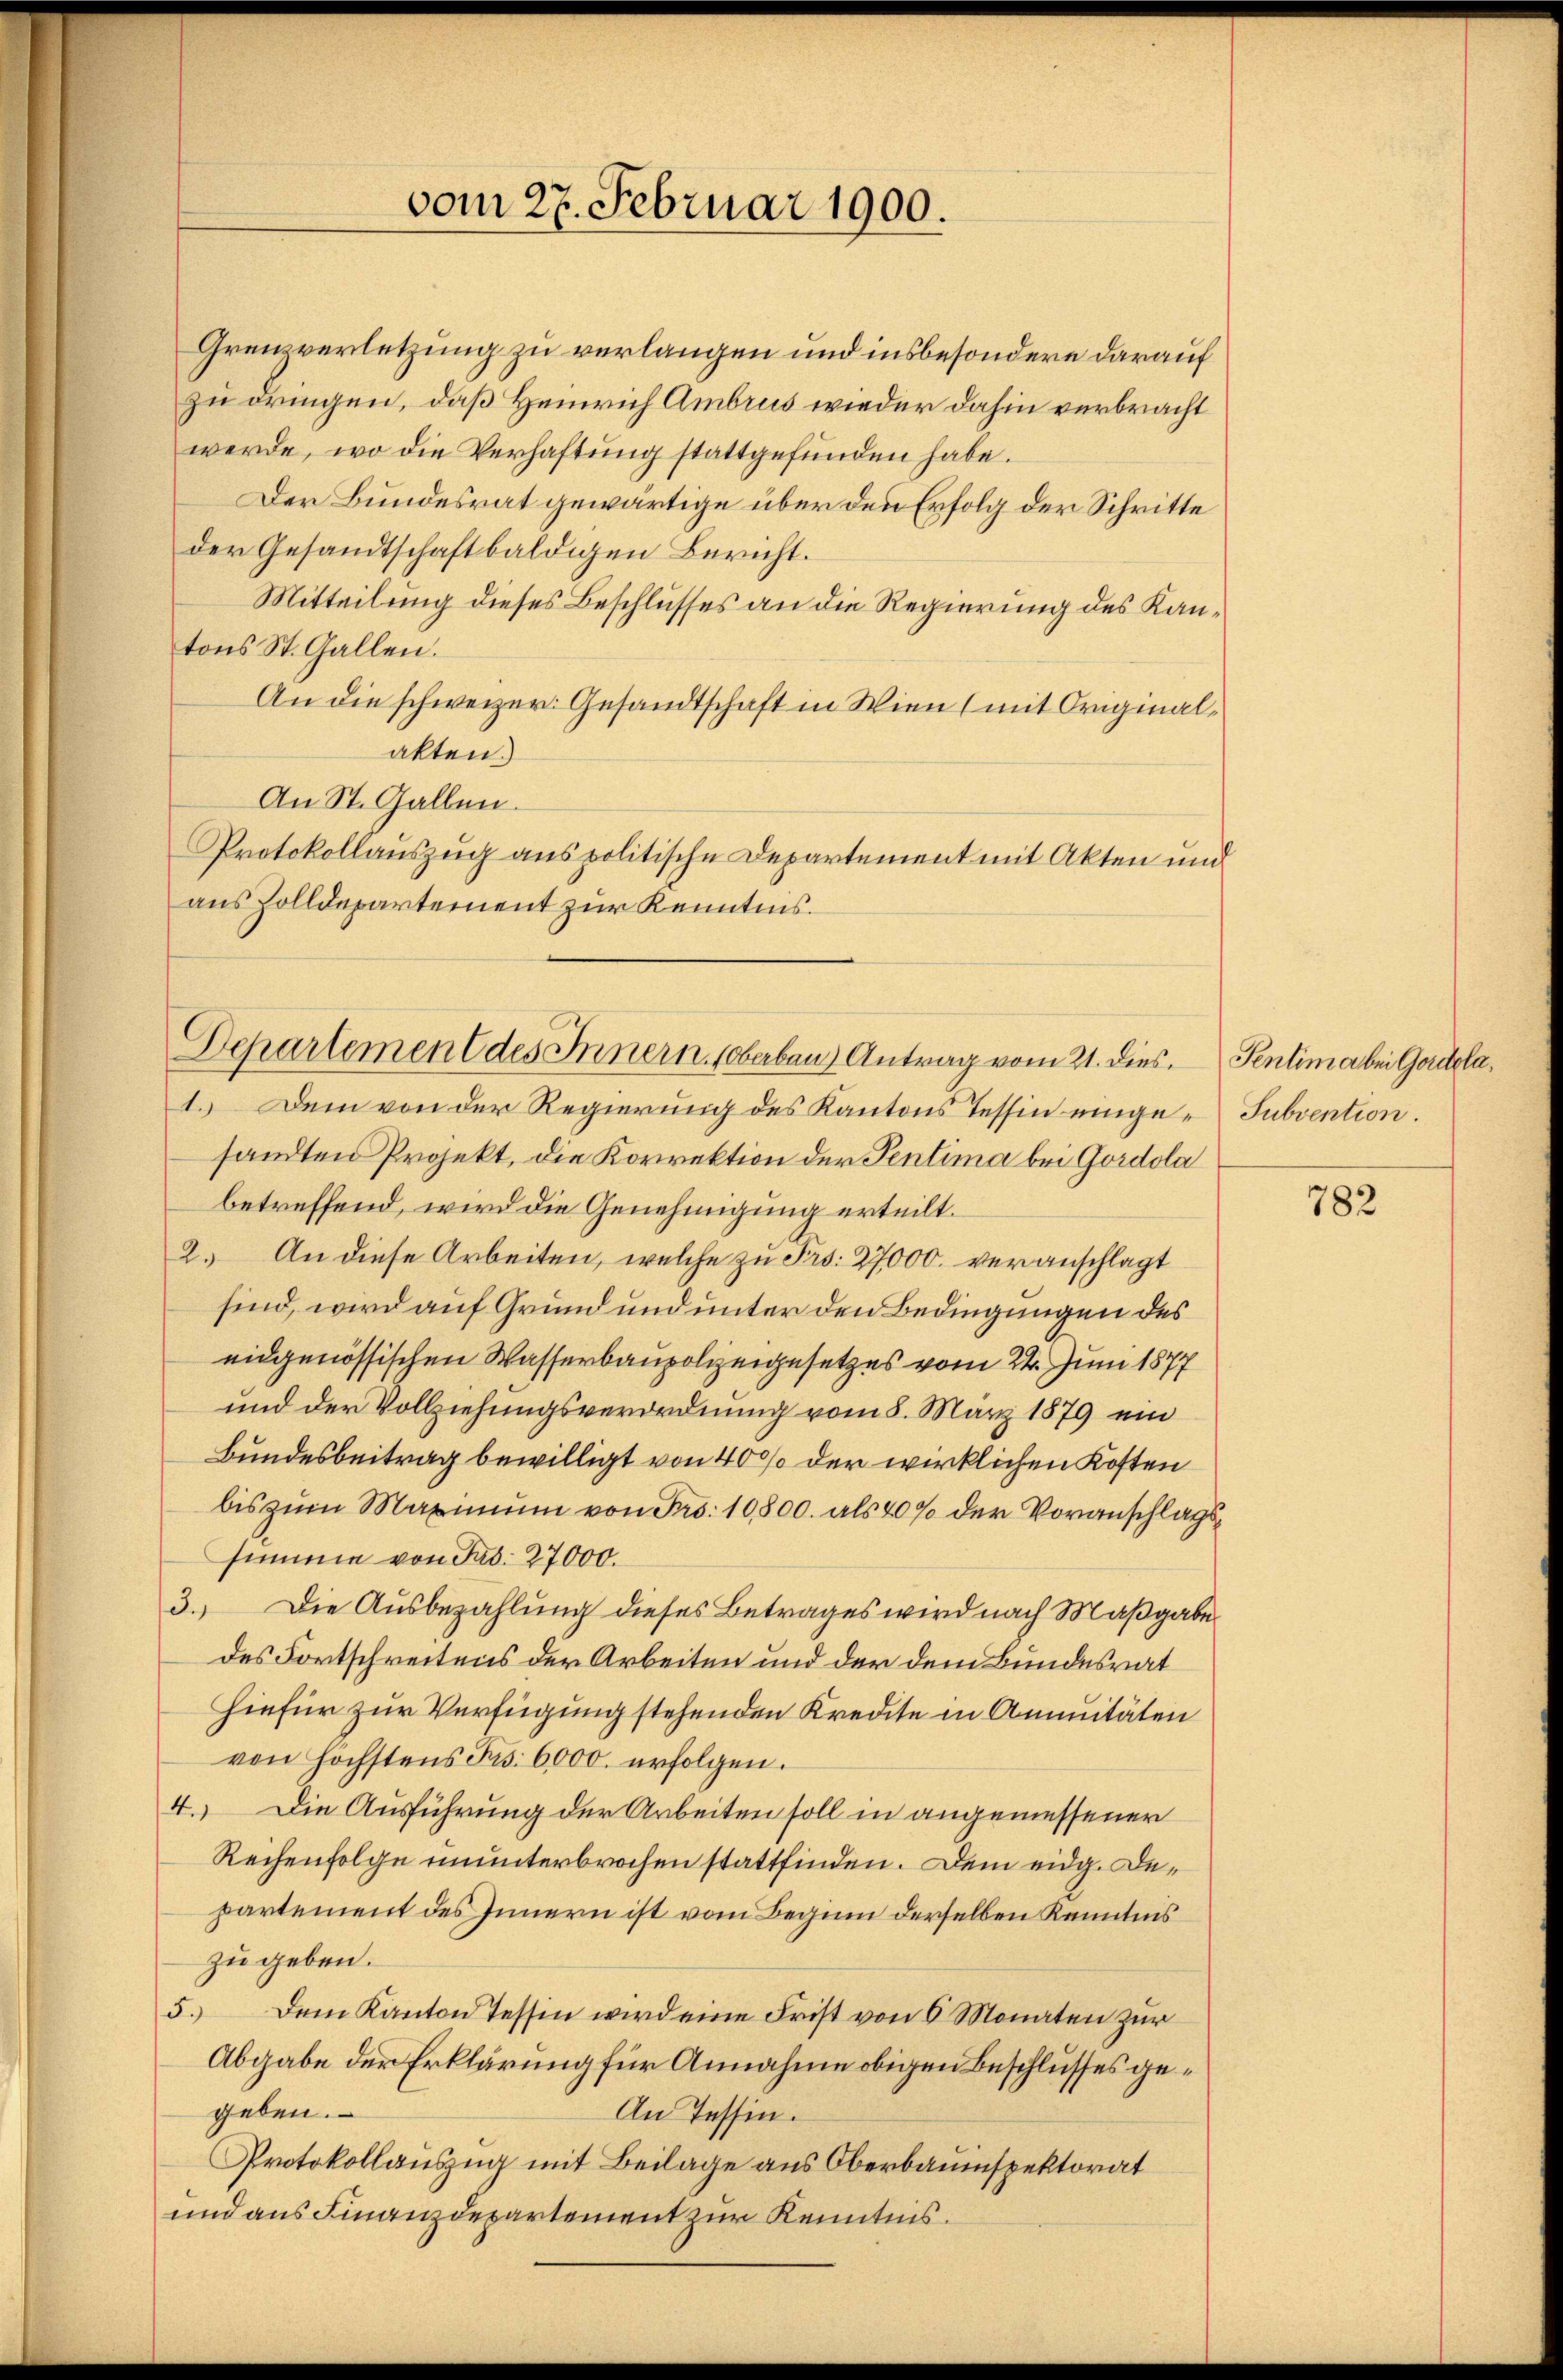
vom 27. Februar 1900.

Grenzverletzung zu verlangen und insbesondere darauf
zu dringen, daß Heinrich Ambrus wieder dahin verbracht
werde, wo die Verhaftung stattgefunden habe.
Der Bundesrat gewärtige über den Erfolg der Schritte
der Gesandtschaftbaldigen Bericht.
Mitteilung dieses Beschlusses an die Regierung des Kantons St. Gallen.
An die schweizer. Gesandtschaft in Wien (mit Originalakten.
An St. Gallen.
Protokollauszug aus politische Departement mit Akten und
aus Zolldepartement zur Kenntnis.

Departement des Innern (Oberbau) Antrag vom 21. dies. Sentima bei Gondola,

1. Dem von der Regierung des Kantons Tessin eingesandten Projekt, die Korrektion der Pentima bei Gordola
betreffend, wird die Genehmigung erteilt.
2. An diese Arbeiten, welche zu Frs. 27000. veranschlagt
sind, wird auf Grund und unter den Bedingungen des
eidgenössischen Wasserbaupolizeigesetzes vom 24. Juni 1877
und der Vollziehungsverordnung vom 8. März 1879 ein
Bundesbeitrag bewilligt von 40% der wirklichen Kosten
bis zum Maximum von Fr. 10800. als 4% der Voranschlagssimme von Fad. 27000.
3. Die Ausbezahlung dieses Betrages wird nach Maßgabe.
des Fortschreitens der Arbeiten und der dem Bundesrat
Hiefür zur Verfügung stehenden Kredite in Annuitäten
von höchstens Jos. 6000. erfolgen.
4.) Die Ausführung der Arbeiten soll in angemessener
Rechenfolge ununterbrochen stattfinden. Dem eidg. Departement des Innern ist vom Beginn derselben Kenntnis
zu geben.
5. Dem Kanton Tessin wird eine Frist von 6 Monaten zur
Abgabe der Erklärung für Annahme obigen Beschlusses gegeben.
An Tessin.
Protokollauszug mit Beilage aus Oberbauinspektorat
und aus Finanzdepartement zur Kenntnis.

Subvention.

782